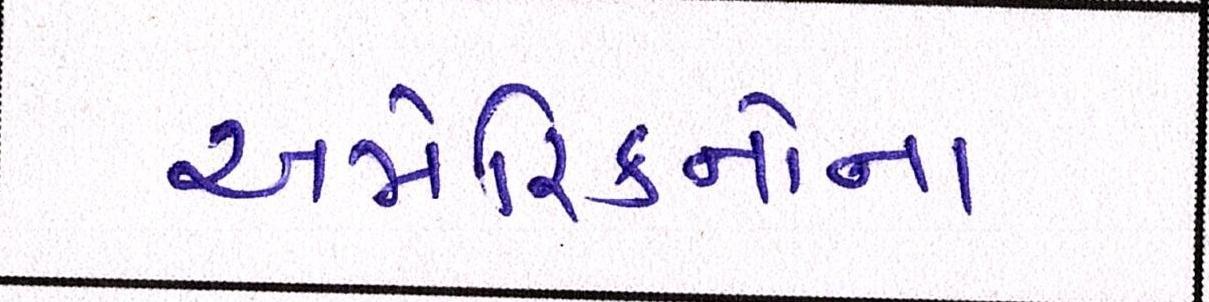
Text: અમેરિકનોના